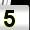
Digit: 5